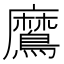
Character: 䳸